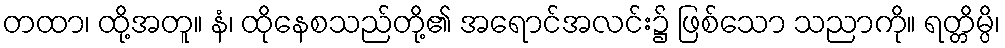
တထာ၊ ထို့အတူ။ နံ၊ ထိုနေစသည်တို့၏ အရောင်အလင်း၌ ဖြစ်သော သညာကို။ ရတ္တိမ္ပိ၊